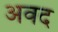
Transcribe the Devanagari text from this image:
अवद